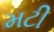
મટી